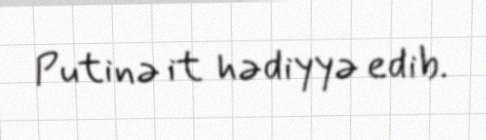
Putinə it hədiyyə edib.